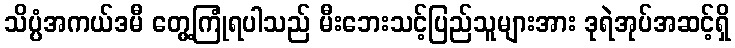
သိပ္ပံအကယ်ဒမီ တွေ့ကြုံရပါသည် မီးဘေးသင့်ပြည်သူများအား ဒုရဲအုပ်အဆင့်ရှိ